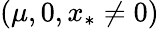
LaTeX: (\mu,0,x_{*}\neq 0)